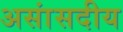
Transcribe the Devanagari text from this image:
असांसदीय